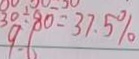
3 0 \div 8 0 = 3 7 . 5 \%